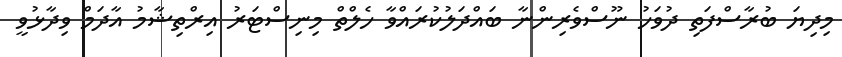
މިދިޔަ ބުރާސްފަތި ދުވަހު ނޫސްވެރިންނާ ބައްދަލުކުރައްވާ ހެލްތް މިނިސްޓަރު އިރްތިޝާމު އާދަމް ވިދާޅުވީ